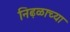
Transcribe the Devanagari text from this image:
निढ़ळाच्या